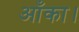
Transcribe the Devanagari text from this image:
आँका।